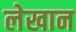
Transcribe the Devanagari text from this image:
लेखान